Indian journal of veterinary science and animal husbandry - Volume 11,
Year: 1941
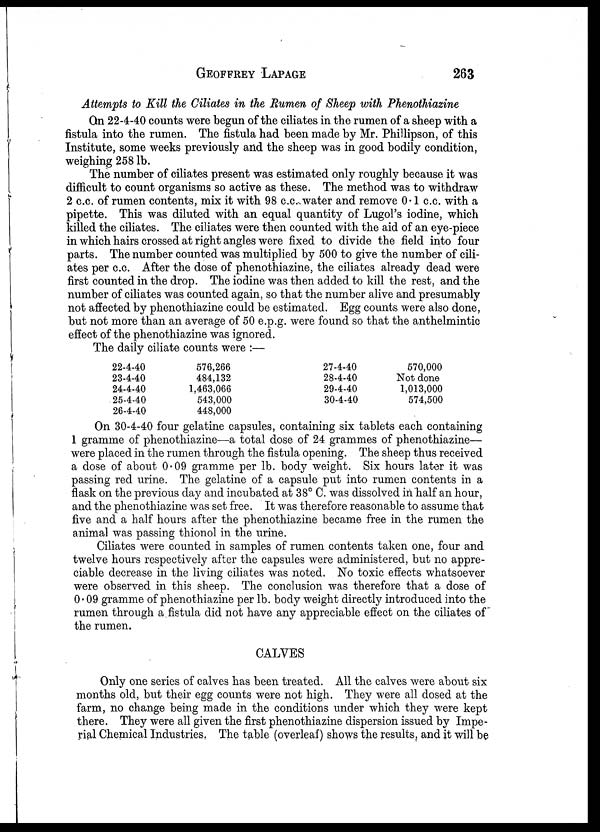
GEOFFREY
LAPAGE
263
Attempts to Kill the Ciliates in the Rumen of Sheep with Phenothiazine
On 22-4-40 counts were begun of the ciliates in the rumen of a sheep with a
fistula into the rumen. The fistula had been made by Mr. Phillipson, of this
Institute, some weeks previously and the sheep was in good bodily condition,
weighing 258 lb.
The number of ciliates present was estimated only roughly because it was
difficult to count organisms so active as these. The method was to withdraw
2 c.c. of rumen contents, mix it with 98 c.c. water and remove 0.1 c.c. with a
pipette. This was diluted with an equal quantity of Lugol's iodine, which
killed the ciliates. The ciliates were then counted with the aid of an eye-piece
in which hairs crossed at right angles were fixed to divide the field into four
parts. The number counted was multiplied by 500 to give the number of cili-
ates per c.c. After the dose of phenothiazine, the ciliates already dead were
first counted in the drop. The iodine was then added to kill the rest, and the
number of ciliates was counted again, so that the number alive and presumably
not affected by phenothiazine could be estimated. Egg counts were also done,
but not more than an average of 50 e.p.g. were found so that the anthelmintic
effect of the phenothiazine was ignored.
The daily ciliate counts were :—
22-4-40
23-4-40
24-4-40
25-4-40
26-4-40
576,266
484,132
1,463,066
543,000
448,000
27-4-40
28-4-40
29-4-40
30-4-40
570,000
Not done
1,013,000
574,500
On 30-4-40 four gelatine capsules, containing six tablets each containing
1 gramme of phenothiazine—a total dose of 24 grammes of phenothiazine—
were placed in the rumen through the fistula opening. The sheep thus received
a dose of about 0.09 gramme per lb. body weight. Six hours later it was
passing red urine. The gelatine of a capsule put into rumen contents in a
flask on the previous day and incubated at 38° C. was dissolved in half an hour,
and the phenothiazine was set free. It was therefore reasonable to assume that
five and a half hours after the phenothiazine became free in the rumen the
animal was passing thionol in the urine.
Ciliates were counted in samples of rumen contents taken one, four and
twelve hours respectively after the capsules were administered, but no appre-
ciable decrease in the living ciliates was noted. No toxic effects whatsoever
were observed in this sheep. The conclusion was therefore that a dose of
0.09 gramme of phenothiazine per lb. body weight directly introduced into the
rumen through a fistula did not have any appreciable effect on the ciliates of
the rumen.
CALVES
Only one series of calves has been treated. All the calves were about six
months old, but their egg counts were not high. They were all dosed at the
farm, no change being made in the conditions under which they were kept
there. They were all given the first phenothiazine dispersion issued by Impe-
rial Chemical Industries. The table (overleaf) shows the results, and it will be